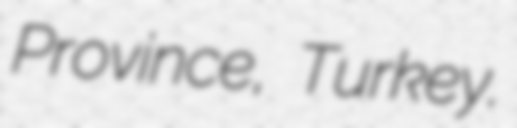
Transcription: Province, Turkey.